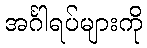
အင်္ဂါရပ်များကို